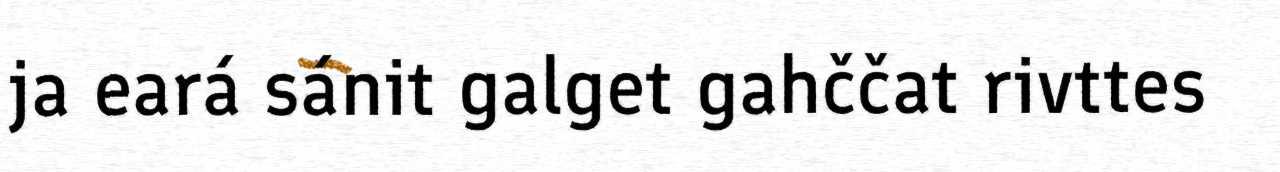
ja eará sánit galget gahččat rivttes